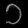
Digit: ၁